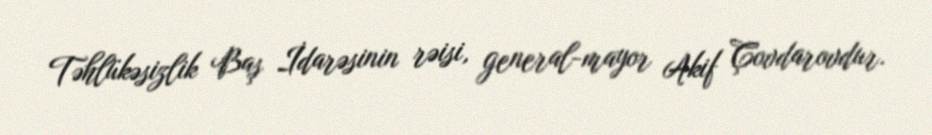
Təhlükəsizlik Baş İdarəsinin rəisi, general-mayor Akif Çovdarovdur.